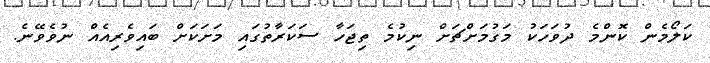
ކަލޯމެން ކޮންމެ ދުވަހަކު މަގުމަށްޗަށް ނިކުމެ ތިޖަހާ ސަކަރާތުގައި މަށަކަށް ބައިވެރިއެއް ނުވެވޭނެ.